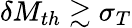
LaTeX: \delta M_{th}\gtrsim\sigma_{T}